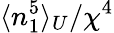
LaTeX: \langle n_{1}^{5}\rangle_{U}/\chi^{4}